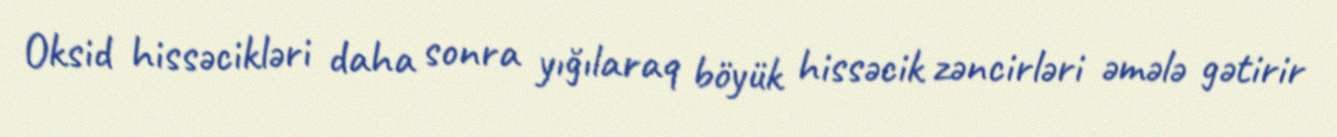
Oksid hissəcikləri daha sonra yığılaraq böyük hissəcik zəncirləri əmələ gətirir